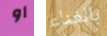
أو بالغناء